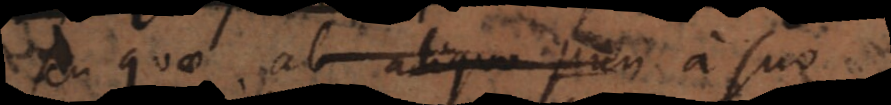
quae ab aliquo pun a suo